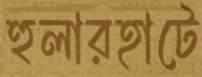
হুলারহাটে